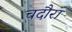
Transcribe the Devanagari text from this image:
चदौरा